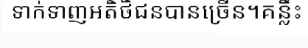
ទាក់ទាញអតិថិជនបានច្រើន។គន្លឹះ